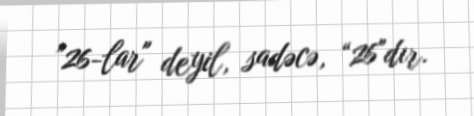
”26-lar" deyil, sadəcə, “26"dır.